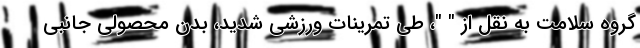
گروه سلامت به نقل از " "، طی تمرینات ورزشی شدید، بدن محصولی جانبی